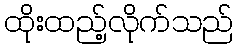
ထိုးထည့်လိုက်သည်